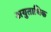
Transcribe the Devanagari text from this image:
अयुताधिक